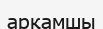
арқамшы